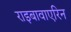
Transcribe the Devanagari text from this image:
राइबावाएरिन